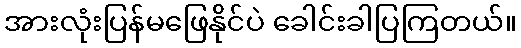
အားလုံးပြန်မဖြေနိုင်ပဲ ခေါင်းခါပြကြတယ်။